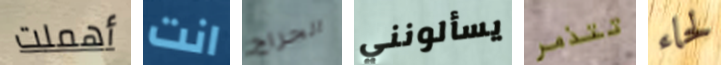
أهملت انت الجراج يسألونني تتذمر لحاء